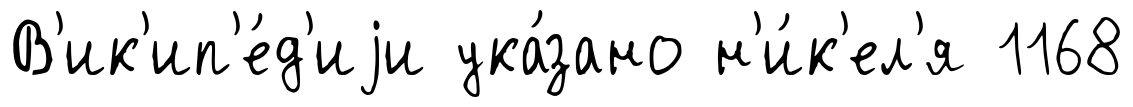
В'ик'ип'е́д'иjи ука́зано н'и́к'ел'я 1168